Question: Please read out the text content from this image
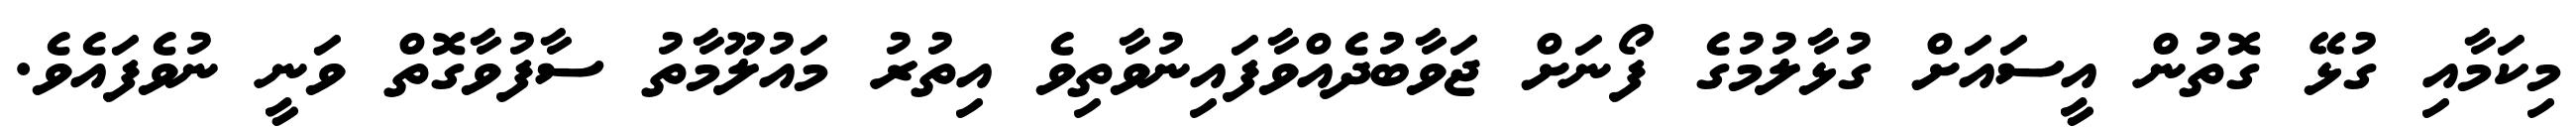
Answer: މިކަމާއި ގުޅޭ ގޮތުން އީސައަށް ގުޅާލުމުގެ ފޯނަށް ޖަވާބުދެއްވާފައިނުވާތިވެ އިތުރު މައުލޫމާތު ސާފުވާގޮތް ވަނީ ނުވެފައެވެ.